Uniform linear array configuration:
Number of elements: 64
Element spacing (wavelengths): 1
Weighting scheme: binomial
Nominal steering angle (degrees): -30
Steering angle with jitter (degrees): -31.299
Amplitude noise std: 0.05
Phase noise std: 0.05

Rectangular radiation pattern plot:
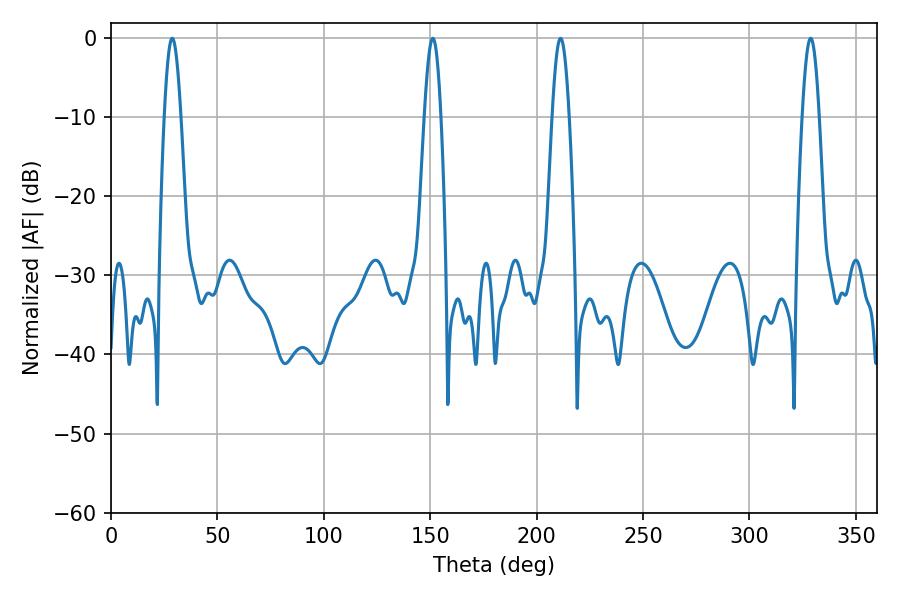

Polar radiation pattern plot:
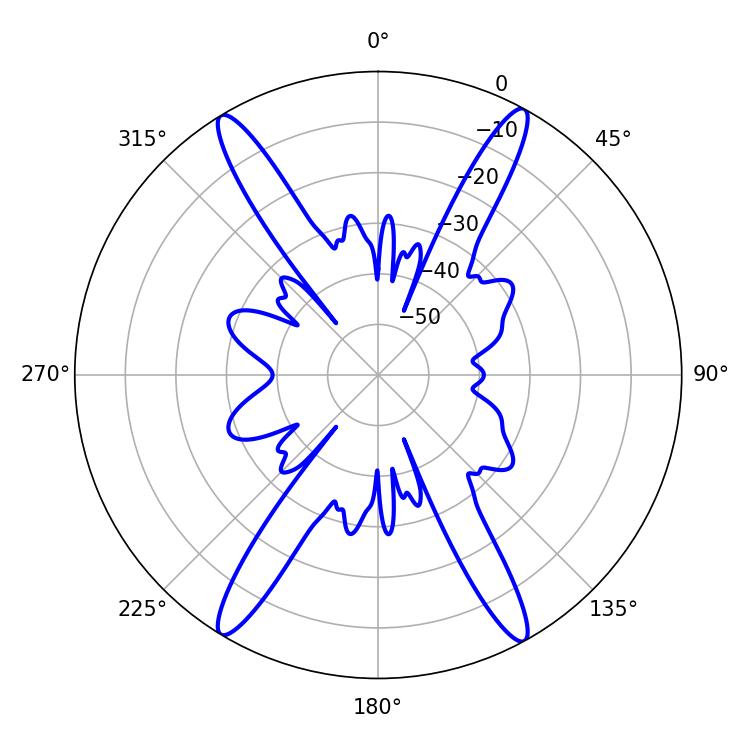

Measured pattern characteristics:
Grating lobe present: TRUE
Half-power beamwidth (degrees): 4.14
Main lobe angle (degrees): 28.8